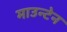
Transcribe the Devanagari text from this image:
माउन्‍टेन